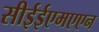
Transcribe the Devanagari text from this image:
सीईईएमएएन